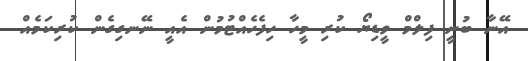
އޭނާ ބުނީ ފިލްމް ވީޑިޔޯ ކުރި މީހާ ހިފެހެއްޓުމުން އެއީ ނޭނގިގެން ކުރިކަމެއް